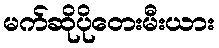
မက်ဆိုပိုတေးမီးယား